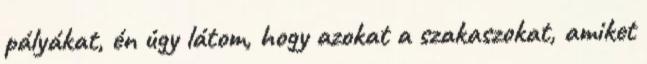
pályákat, én úgy látom, hogy azokat a szakaszokat, amiket